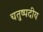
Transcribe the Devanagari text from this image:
चतुष्पदीय